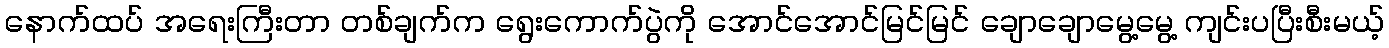
နောက်ထပ် အရေးကြီးတာ တစ်ချက်က ရွေးကောက်ပွဲကို အောင်အောင်မြင်မြင် ချောချောမွေ့မွေ့ ကျင်းပပြီးစီးမယ့်